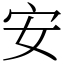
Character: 安